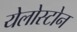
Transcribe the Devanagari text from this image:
येलोस्टोन